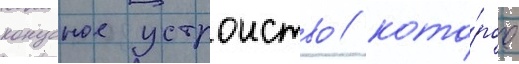
конусное устроиство / кото́рое